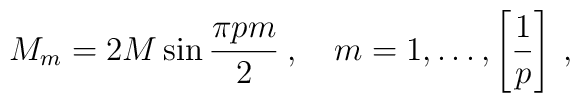
M_{m}=2M\sin \frac{\pi pm}{2}\: ,\quad m=1,\ldots ,\left[ \frac{1}{p}\right] \: ,